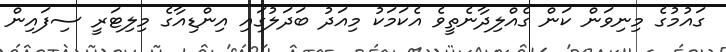
ގައުމުގެ މިނިވަން ކަން ގެއްލިދާނެތީވެ އެކަމަކު މިއަދު ބަދަލުގައި އިންޑިއާގެ މިލިޓަރީ ސިފައިން